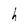
Character: h